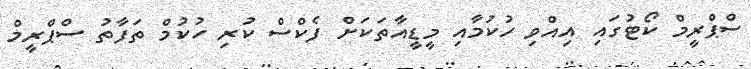
ސްޕްރީމް ކޯޓުގައި އިއްވި ހުކުމާއި މީޑީއާތަކަށް ފެކްސް ކުރި ހުކުމް ތަފާތު ސްޕްރީމް